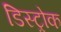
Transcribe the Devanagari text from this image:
डिस्ट्रोक